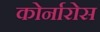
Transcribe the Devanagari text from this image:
कोर्नारोस